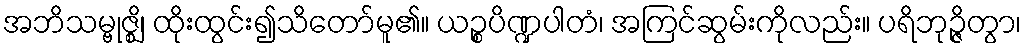
အဘိသမ္ဗုဇ္ဈိ၊ ထိုးထွင်း၍သိတော်မူ၏။ ယဉ္စပိဏ္ဍပါတံ၊ အကြင်ဆွမ်းကိုလည်း။ ပရိဘုဉ္ဇိတွာ၊